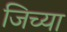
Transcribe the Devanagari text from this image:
जिच्‍या